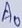
Text: A0